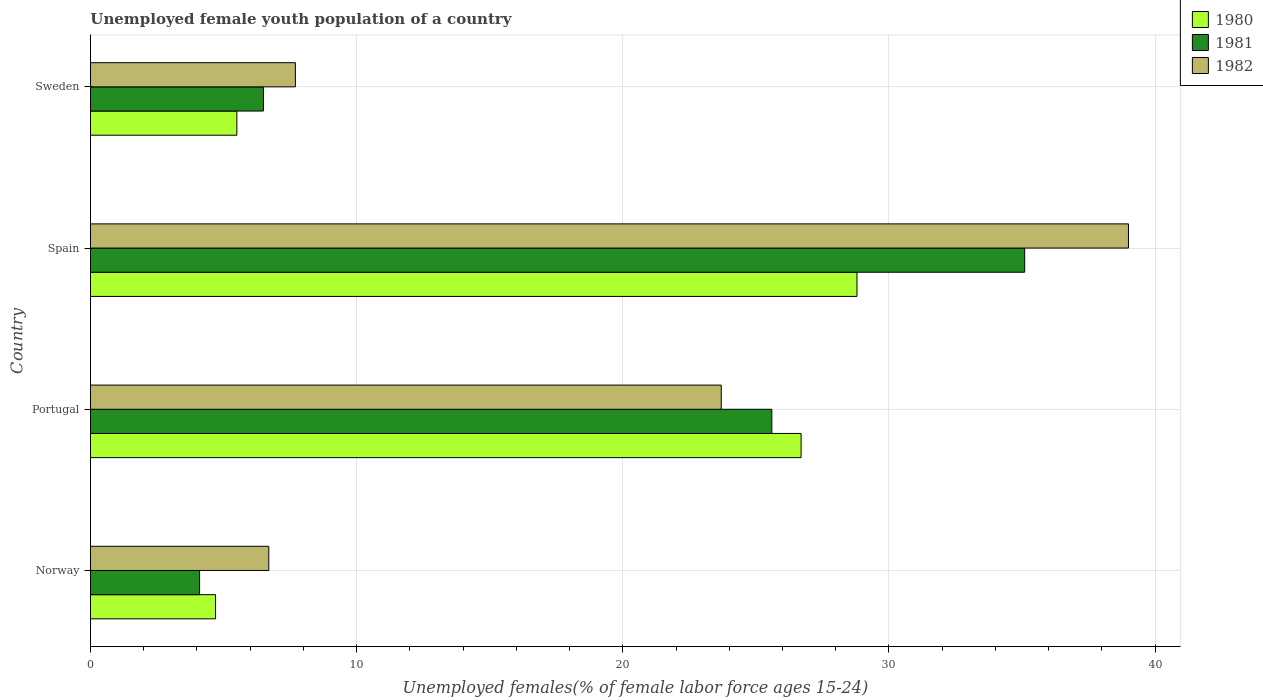
| Country | 1980 | 1981 | 1982 |
 | --- | --- | --- | --- |
 | Norway | 4.7 | 4.1 | 6.7 |
 | Portugal | 26.7 | 25.6 | 23.7 |
 | Spain | 28.8 | 35.1 | 39 |
 | Sweden | 5.5 | 6.5 | 7.7 |